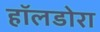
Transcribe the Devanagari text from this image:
हॉलडोरा